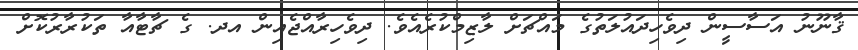
ޤާނޫނު އަސާސީން ދިވެހިދައުލަތުގެ މައްޗަށް ލާޒިމްކުރެއެވެ. ދިވެހިރާއްޖެއިން އދ. ގެ ޗާޓާއާ ތަކުރާރުކޮށް